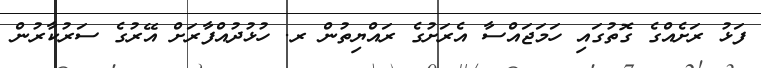
ފަޅު ރަށެއްގެ ގޮތުގައި ހަމަޖައްސާ އެރަށުގެ ރައްޔިތުން ރ. ހުޅުދުއްފާރަށް އޭރުގެ ސަރުކާރުން